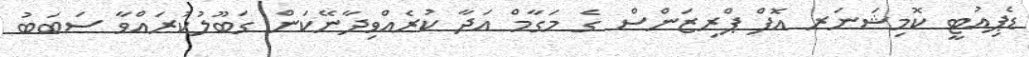
ޑެޕިއުޓީ ކޮމިޝަނަރ އޮފް ޕްރިޒަންސް ގެ މަގާމް އަދާ ކުރެއްވިދާނޭކަން ގަބޫލުކުރައްވާ ސަބަބު